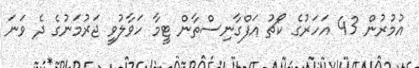
އުމުުރުން 43 އަހަރުގެ ކޯޗު އަފްގާނިސްތާން ޓީމާ ހަވާލުވީ ޖަރުމަނުގެ ދެ ވަނަ